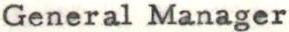
General Manager